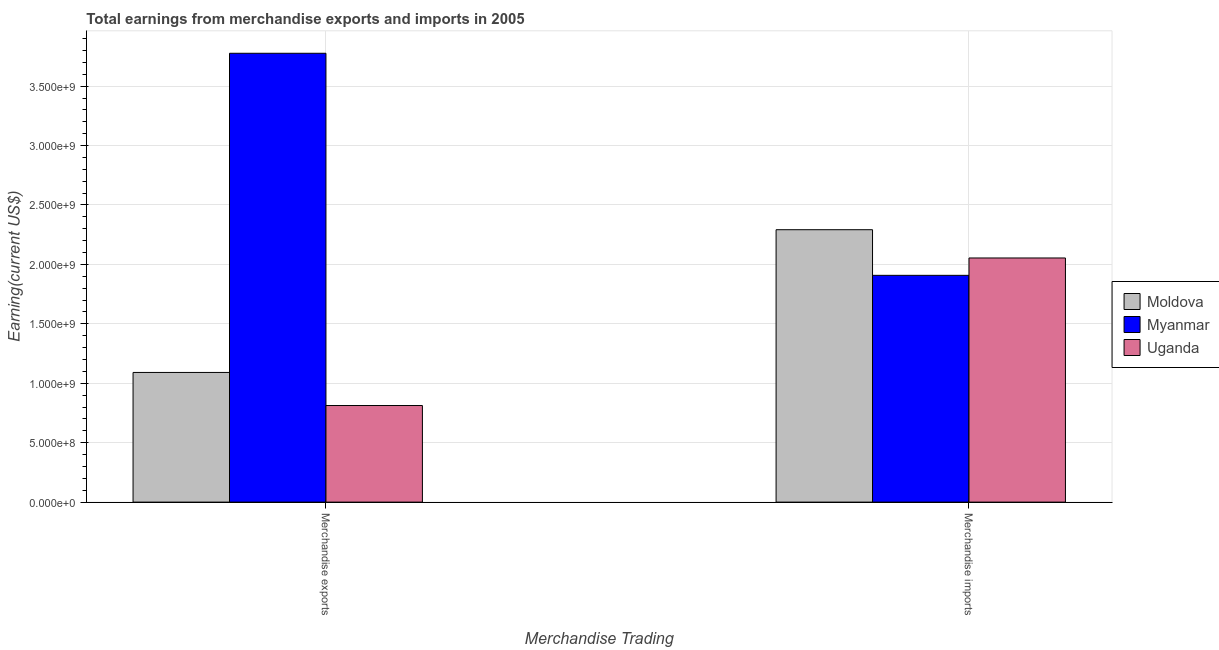
| Merchandise Trading | Moldova | Myanmar | Uganda |
 | --- | --- | --- | --- |
 | Merchandise exports | 1.09e+09 | 3.78e+09 | 8.13e+08 |
 | Merchandise imports | 2.29e+09 | 1.91e+09 | 2.05e+09 |